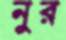
নুর